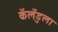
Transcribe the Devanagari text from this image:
कॅलँडुला